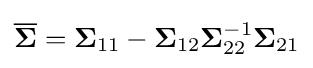
{\overline {\boldsymbol {\Sigma }}}={\boldsymbol {\Sigma }}_{11}-{\boldsymbol {\Sigma }}_{12}{\boldsymbol {\Sigma }}_{22}^{-1}{\boldsymbol {\Sigma }}_{21}